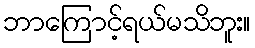
ဘာကြောင့်ရယ်မသိဘူး။